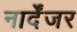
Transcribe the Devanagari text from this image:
नार्देंजर